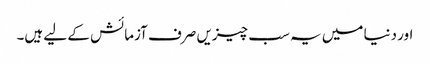
اور دنیا میں یہ سب چیزیں صرف آزمائش کے لیے ہیں۔